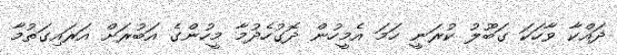
ދައްކާ ވާހަކަ ގަބޫލު ކުރަނީ ހަމަ އެމީހުން ދޮގުހެދުމާ މީހުންގެ އަބުރަށް އަރައިގަތުމާ